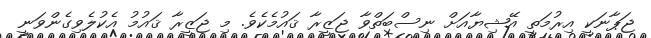
ޖަޕާނަކީ އިރުމަތީ އޭޝިޔާއަށް ނިސްބަތްވާ ޖަޒީރާ ޤައުމެކެވެ. މި ޖަޒީރާ ޤައުމު އެކުލެވިގެންވަނީ